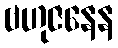
ဗဟုဇနေန